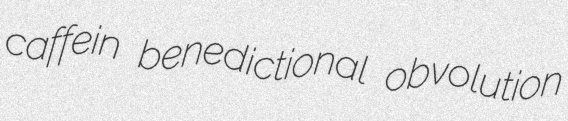
caffein benedictional obvolution